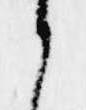
か